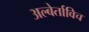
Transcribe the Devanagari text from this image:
अल्बेर्ताविच